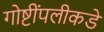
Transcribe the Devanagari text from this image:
गोष्टींपलीकडे